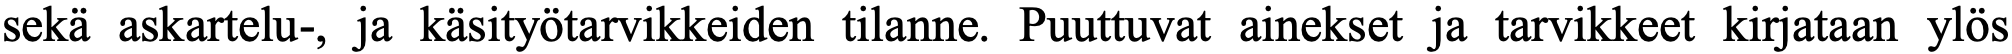
sekä askartelu-, ja käsityötarvikkeiden tilanne. Puuttuvat ainekset ja tarvikkeet kirjataan ylös